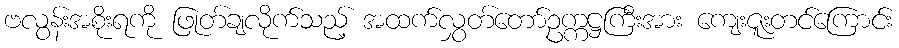
ဗလွန်းအစိုးရကို ဖြုတ်ချလိုက်သည့် အထက်လွှတ်တော်ဥက္ကဋ္ဌကြီးအား ကျေးဇူးတင်ကြောင်း